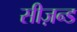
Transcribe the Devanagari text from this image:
सीज़न्ड